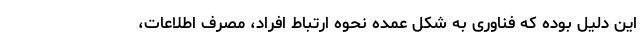
این دلیل بوده که فناوری به شکل عمده نحوه ارتباط افراد، مصرف اطلاعات،